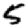
Digit: 5